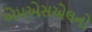
એમએસએલનો